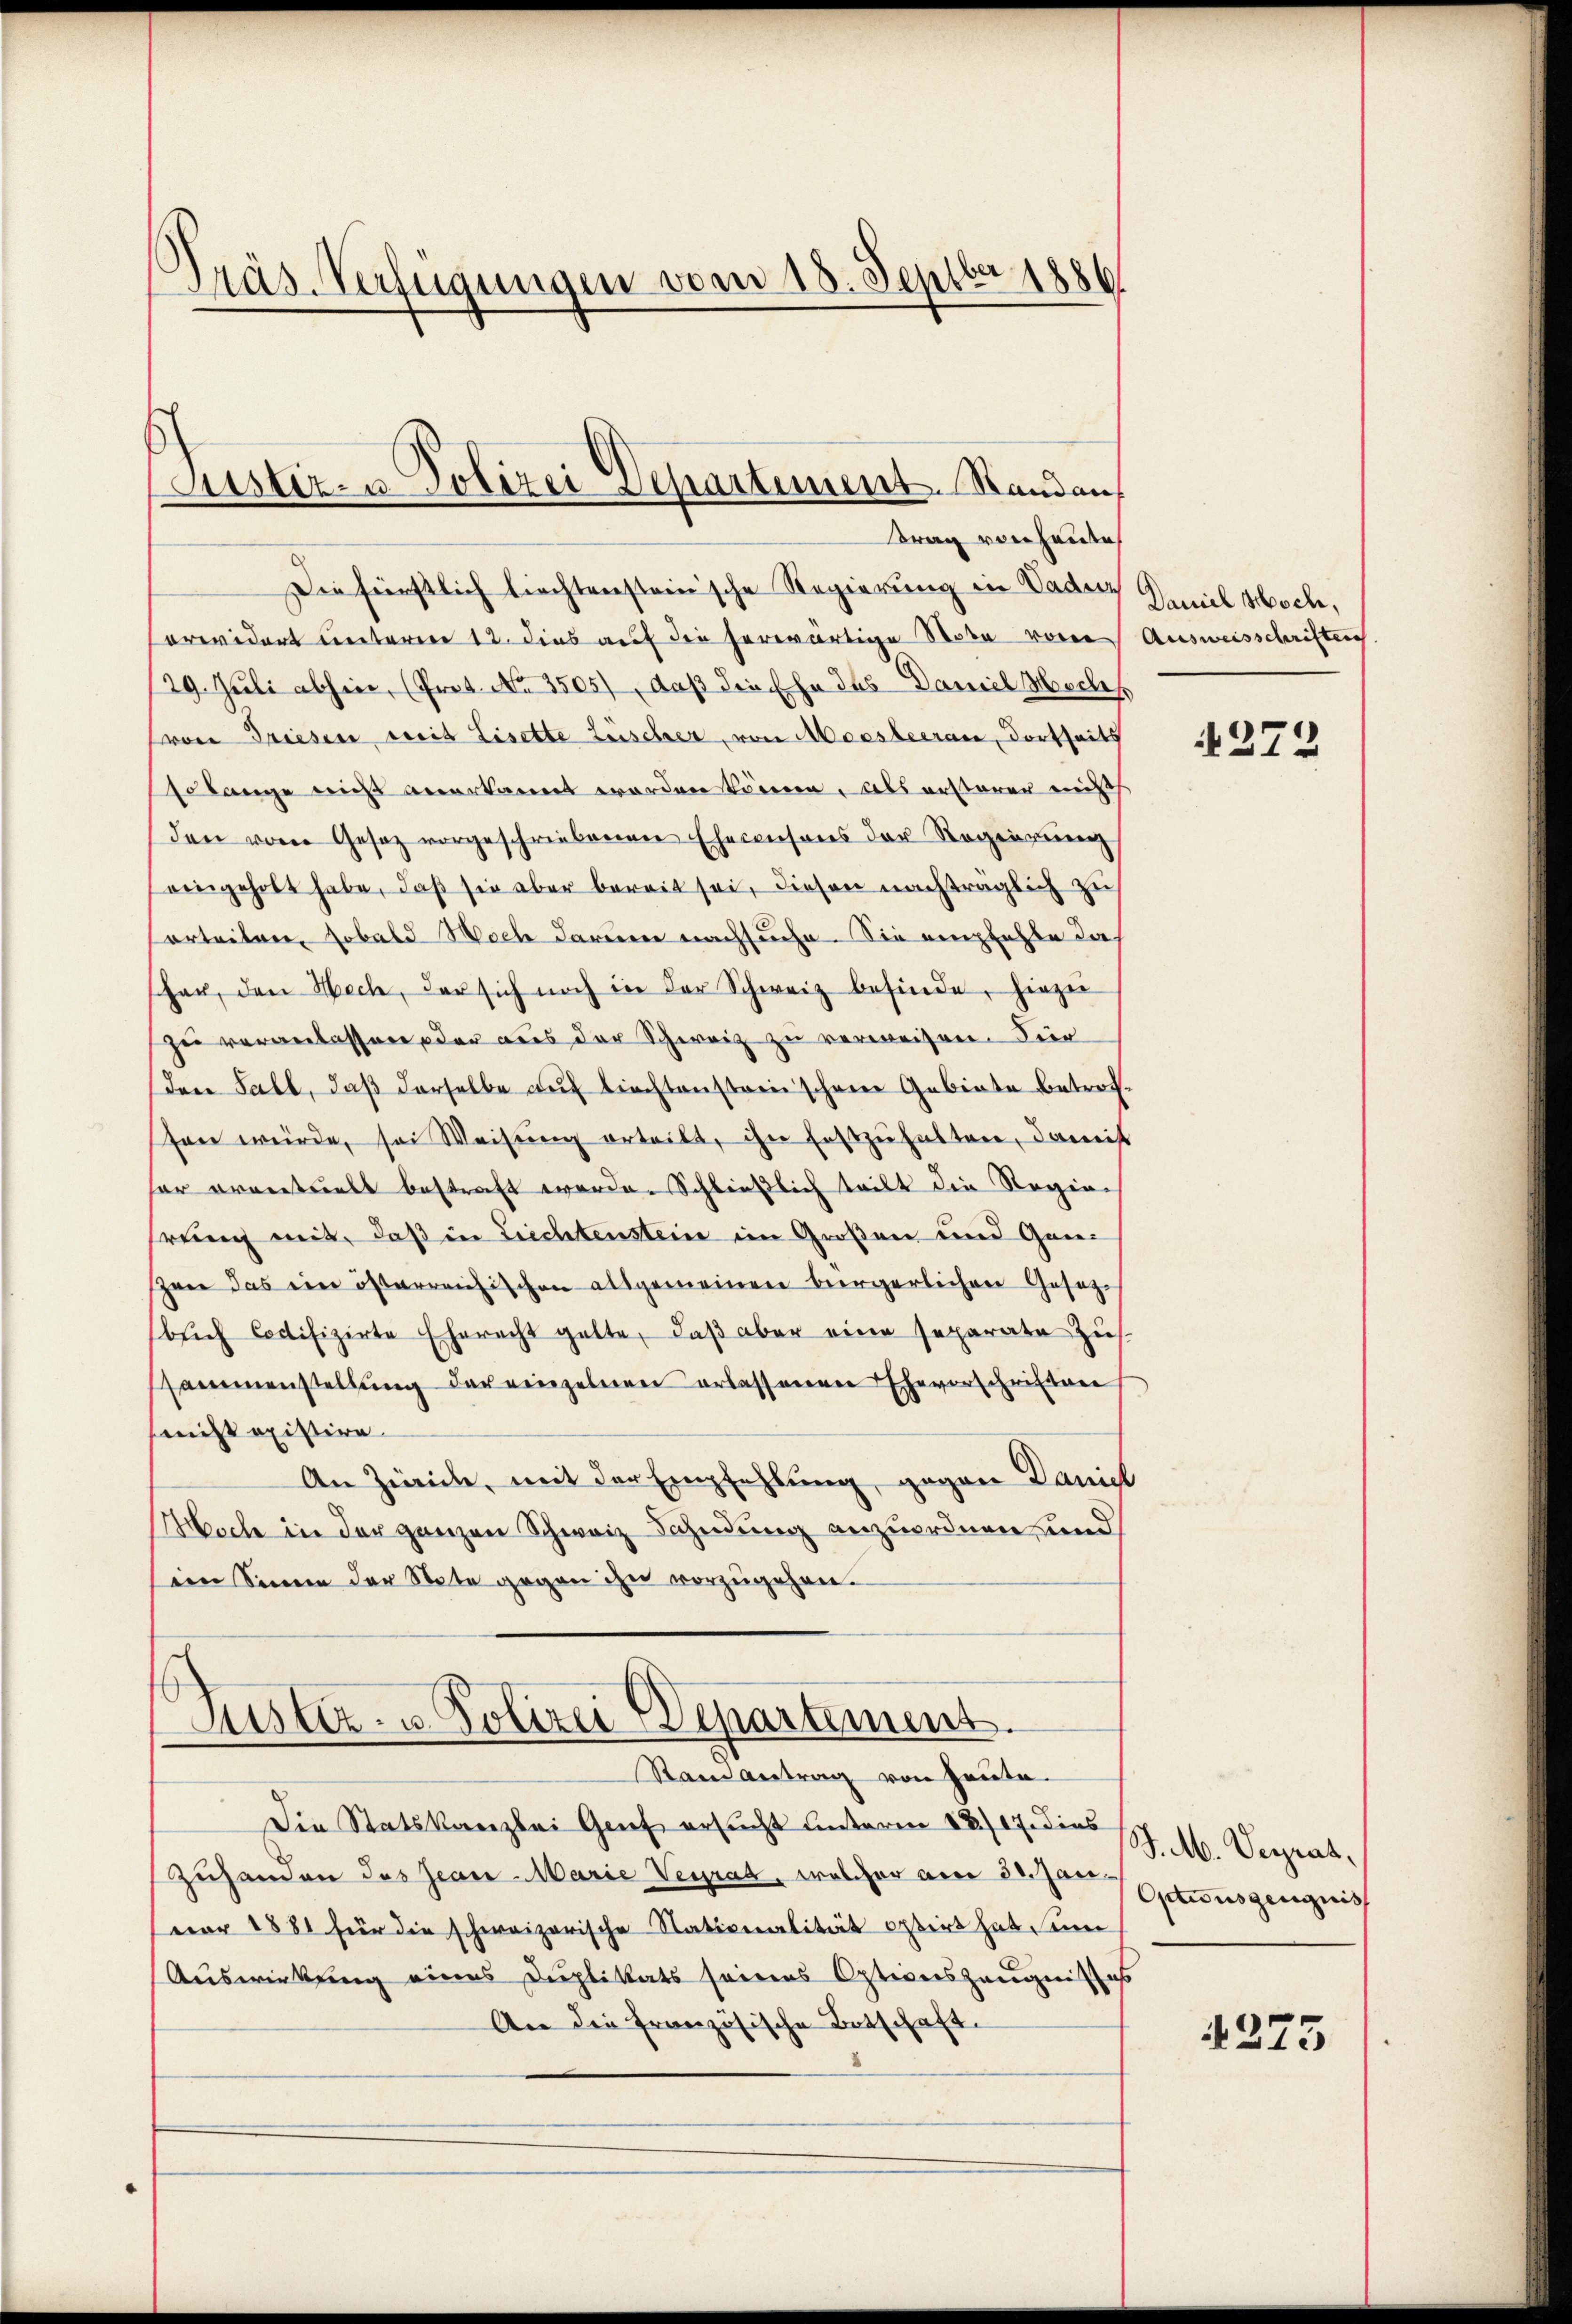
Präs-Verfügungen vom 18. Septbr 1886

Justiz- u Polizei Departiment. Standau,
rag von heute

Die fürstlich liechtensteinsche Regierung in Laden
orwidert unterren 12. dies auf die herwärtige Note von Ausweisschriften
/29. Juli abhin, (Prot. No. 3505), daß die Ehe das Daniel Mechs
(von Triesen weit Lisette Zuscher, von Moosbeeran, dortseits
solange nicht anerkannt worden können, als erstaren misch
den von Gesetz vorgeschriebenen Ehecensons der Regenzung
eingeholt habe, daß sie aber bereit sei, diesen nachträglich zu
orteilen, sobald och darum nachsuche. Sie empfehle das
her, den Wech, der sich noch in der Schweiz befinde, hiezu
zu veranlassen oder aus der Schweiz zu verweisen. Für
Den Fall, daß derselbe auf liechtenstreinschwere Gebiete betrofsen würde, sei Weisŭng erteilt, ihn festzŭhalten, damist
hor oranstrials bestraft werden Schließlich teilt die Regien
srung mit, daß in Liechtenstein im Großen und Ganzen das eine österreichischen allgemeinen bürgerlichen Gesetzbuch Codifizirte Eherecht gelte, daβ aber eine separate Zus
ssammenstellŭng der einzelnen erlassenen Ehevorschriften
snicht mistire
An Zürich, mit der Empfehlung, gegen Daniel
Moche in der ganzen Schweiz Sandung anzuordnen, und
sein Sinne der Note gegen ihn vorzugehen.

Justiz- u. Polizei Departement.
Stand Antrag von Heute.

Die Statskanzlei Genf ersucht unterm 18./17. dies
zuhanden des Jean-Marie Verrat, welcher am 22 der Actionszeugnis
vor 1881 für die schweizerische Nationalität optirt hat, un
Auswirkung eines Duplikats seines Optionszeugnisses
An die französische Botschaft.

Damel Hoch,

272

J. M. Verrat,

4275